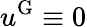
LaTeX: u^{\mathrm{G}}\equiv 0